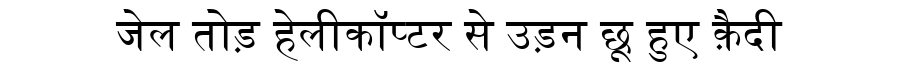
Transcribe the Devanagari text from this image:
जेल तोड़ हेलीकॉप्टर से उड़न छू हुए क़ैदी